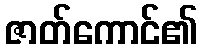
ဇာတ်ကောင်၏